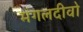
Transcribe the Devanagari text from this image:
मंगलदीवो